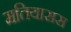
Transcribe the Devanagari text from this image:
मतियासस